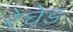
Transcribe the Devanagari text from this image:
रेचेड